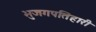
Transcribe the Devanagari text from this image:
भुजगपतिहारी